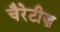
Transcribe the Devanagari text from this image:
चैरेटीज़